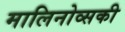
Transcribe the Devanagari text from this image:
मालिनोव्सकी